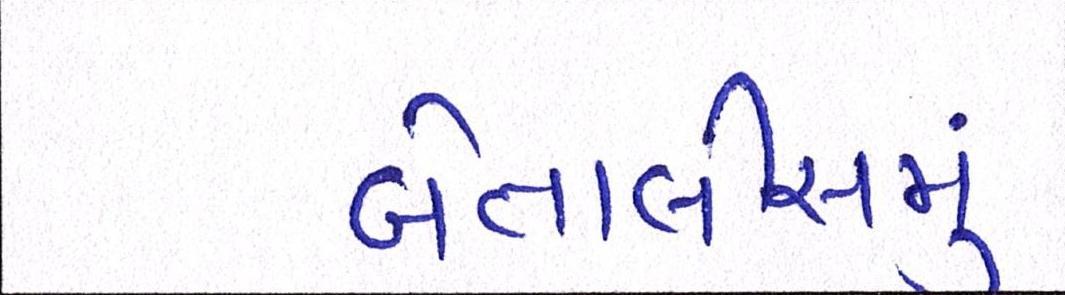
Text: બેતાલીસમું